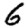
Digit: 6